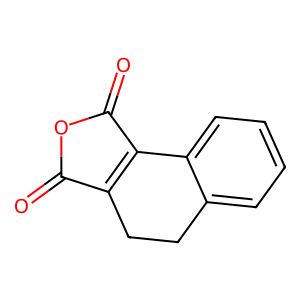
SMILES: O=C1OC(=O)C2=C1CCc1ccccc12
Inhibits HIV replication: No